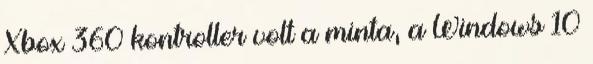
Xbox 360 kontroller volt a minta, a Windows 10